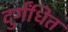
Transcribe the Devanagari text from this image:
दुर्गंधित